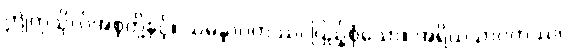
ဤကုသိုလ်အစုတို့နှင့်။ သမန္နာဂတဿ၊ ပြည့်စုံသော။ အရိယသာဝကဿ၊